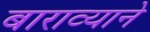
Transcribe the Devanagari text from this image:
बाराव्याने